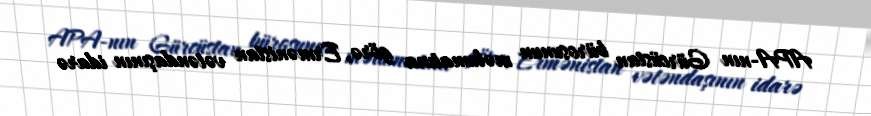
APA-nın Gürcüstan bürosunun məlumatına görə, Ermənistan vətəndaşının idarə